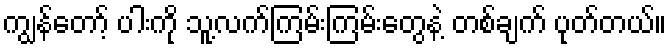
ကျွန်တော့် ပါးကို သူ့လက်ကြမ်းကြမ်းတွေနဲ့ တစ်ချက် ပုတ်တယ်။